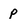
Character: p